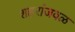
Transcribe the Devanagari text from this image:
शहरांजवळ